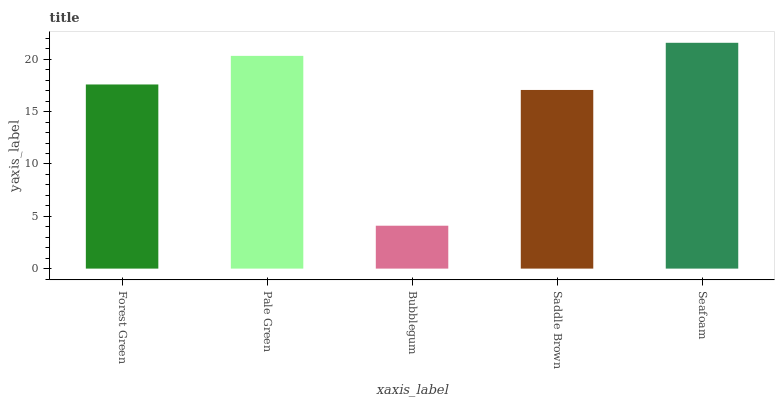
| xaxis_label | bars |
 | --- | --- |
 | Forest Green | 17.6 |
 | Pale Green | 20.3 |
 | Bubblegum | 4.1 |
 | Saddle Brown | 17.1 |
 | Seafoam | 21.6 |